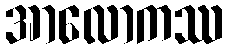
အာလောကဿ